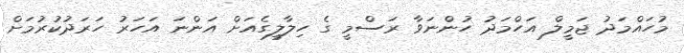
މުހައްމަދު ޖަމީލް އަހްމަދު ހުންނަވާ ރަސްމީ ގެ ހިލާލީގެއަށް އަންނަ އަހަރު ހަރަދުކުރުމަށް